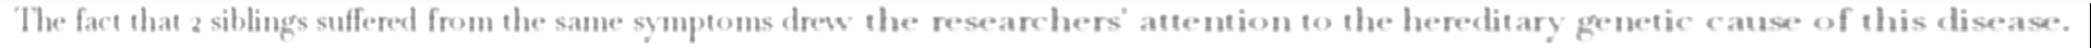
The fact that 2 siblings suffered from the same symptoms drew the researchers' attention to the hereditary genetic cause of this disease.